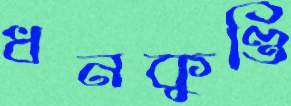
ধনকুণ্ডি